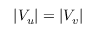
| V _ { u } | = | V _ { v } |